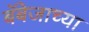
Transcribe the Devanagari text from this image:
बॅबेजाच्या